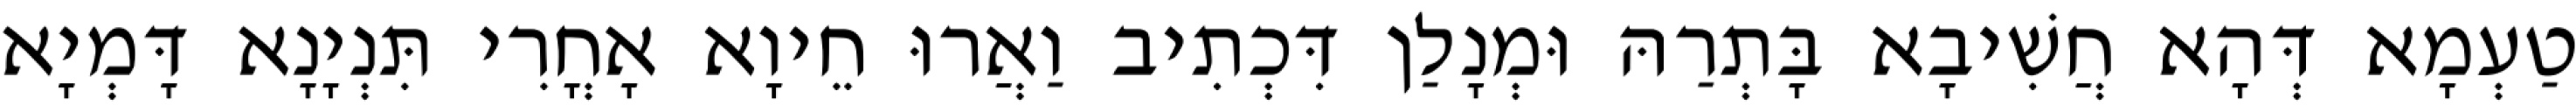
טַעְמָא דְּהָא חֲשִׁיבָא בָּתְרַהּ וּמְנָלַן דִּכְתִיב וַאֲרוּ חֵיוָא אָחֳרִי תִּנְיָנָא דָּמְיָא